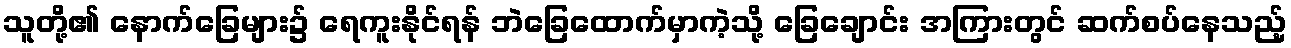
သူတို့၏ နောက်ခြေများ၌ ရေကူးနိုင်ရန် ဘဲခြေထောက်မှာကဲ့သို့ ခြေချောင်း အကြားတွင် ဆက်စပ်နေသည့်